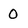
Character: O